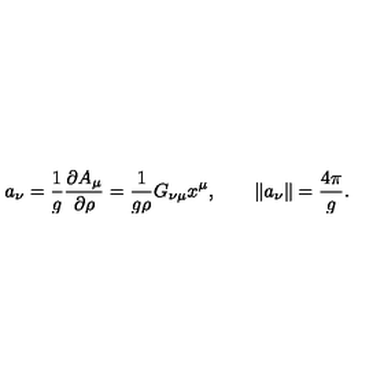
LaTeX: a _ { \nu } = \frac { 1 } { g } \frac { \partial A _ { \mu } } { \partial \rho } = \frac { 1 } { g \rho } G _ { \nu \mu } x ^ { \mu } , \qquad \| a _ { \nu } \| = \frac { 4 \pi } { g } .